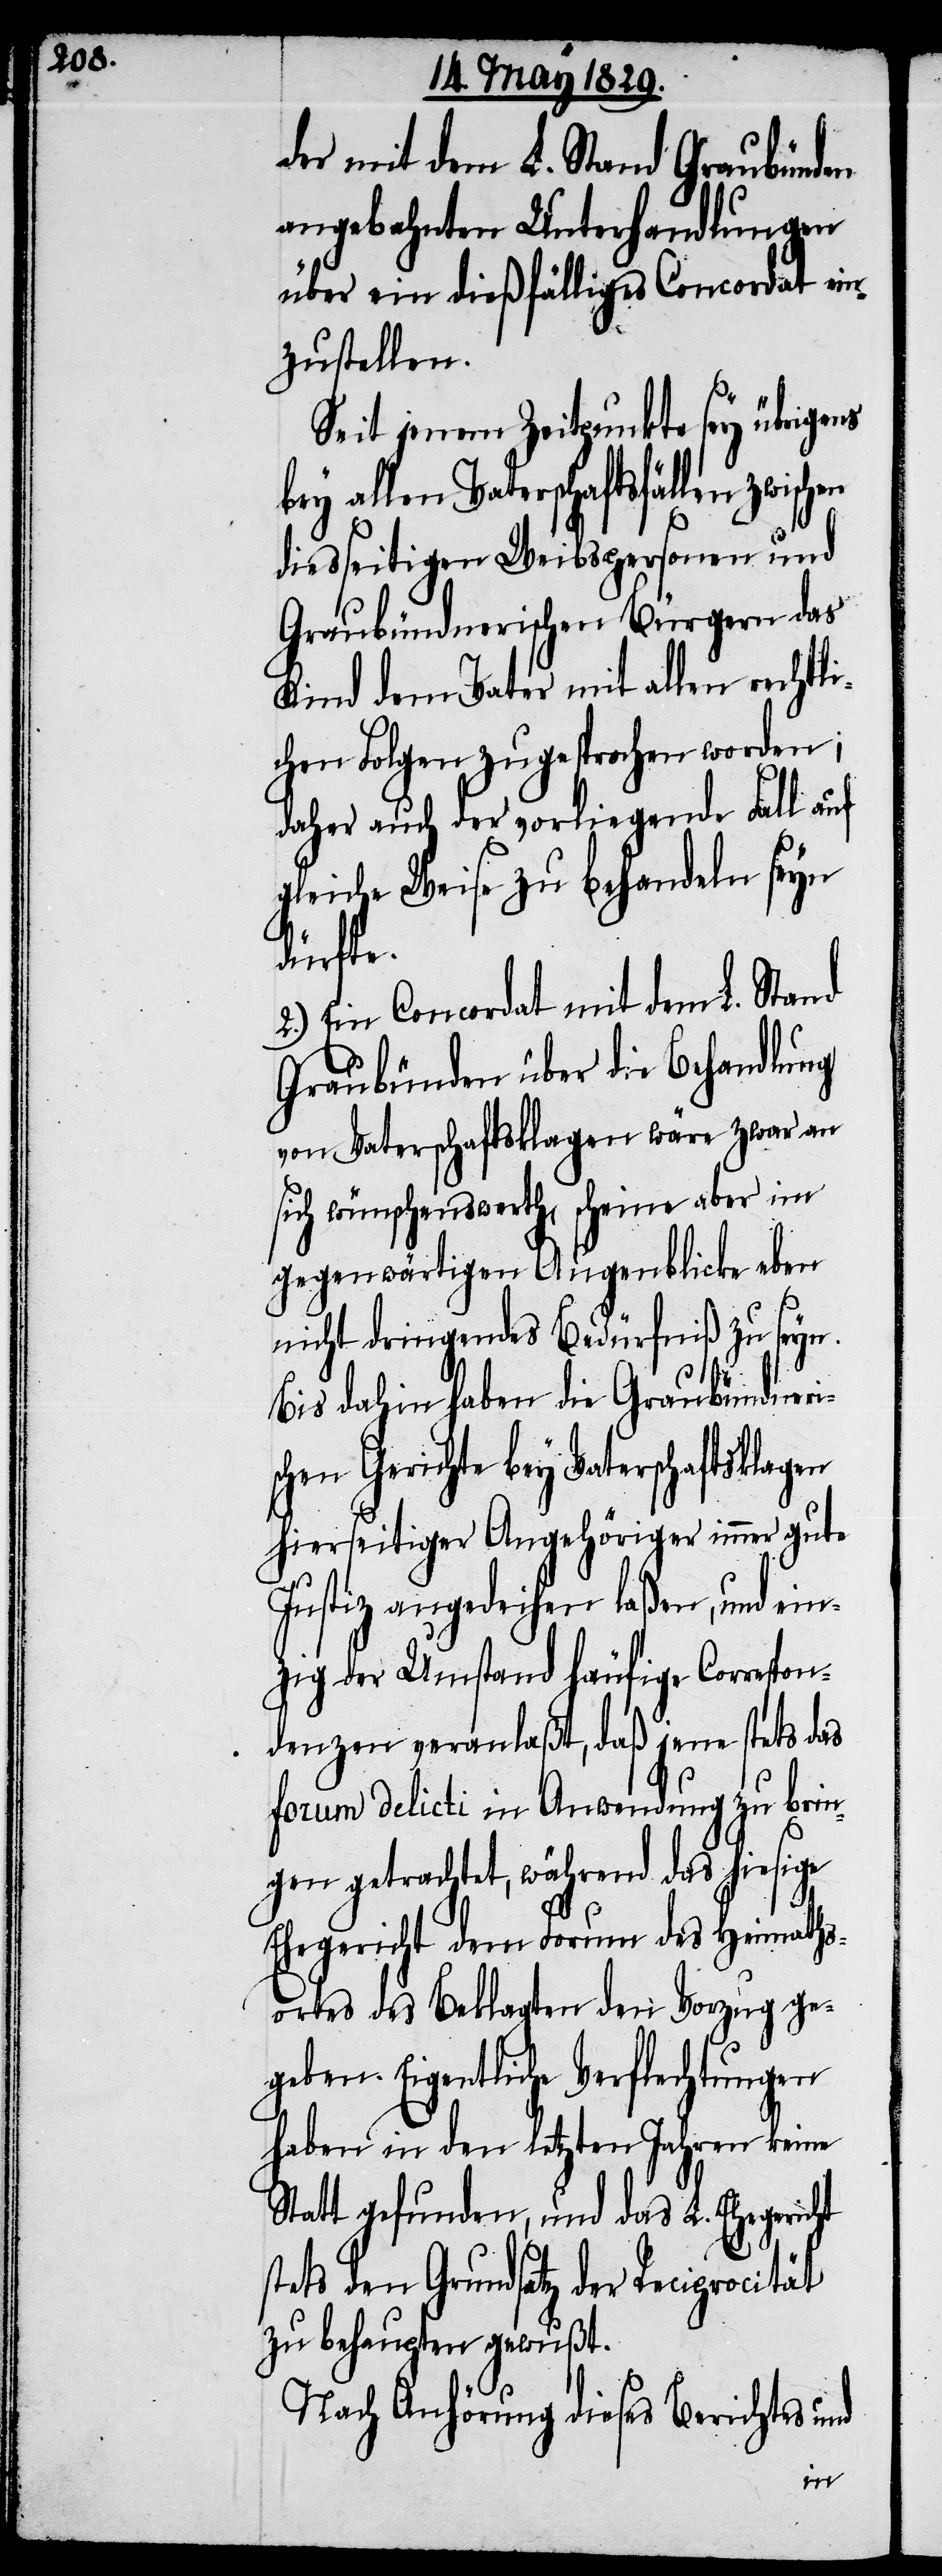
der mit dem L. Stand Graubünden
angebahnten Unterhandlungen
über ein dießfälliges Concordat ein¬
zustellen.
Seit jenem Zeitpunkte sey übrigens
bey allen Vaterschaftsklagen zwisch¬
diesseitigen Weibspersonen und
Graubündnerischen Bürgern das
Kind dem Vater mit allen rechtli¬
chen Folgen zugesprochen worden;
daher auch der vorliegende Fall auf
gleiche Weise zu behandeln seyn
dürfte.
2.) Ein Concordat mit dem L. Stand
Graubünden über die Behandlung
von Vaterschaftsklagen wäre zwar an
sich wünschenswerth, scheine aber im
gegenwärtigen Augenblicke eben
nicht dringendes Bedürfniß zu seyn.
Bis dahin haben die Graubündneri¬
chen Gerichte bey Vaterschaftsklag¬
hierseitiger Angehöriger immer gute
Justiz angedeihen laßen, und ein¬
zig der Umstand häufige Correspon¬
denzen veranlaßt, daß jene stets das
delicti, während das hiesige
Ehegericht dem Forum des Heimaths¬
s¬
ortes des Beklagten den Vorzug geg¬
eben. Eigentliche Verflechtungen
haben in den letzten Jahren keine
Statt gefunden, und das L. Ehegericht
den Grundsatz der Reciprocität
zu behaupten gewußt.
Nach Anhörung dieses Berichtes und
en